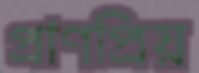
প্রাণপ্রিয়